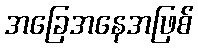
အခြေအနေအဖြစ်